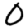
Digit: 0